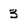
Character: 3